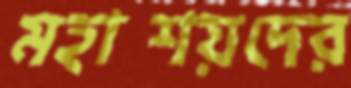
মহাশয়দের